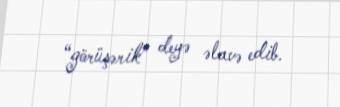
“görüşərik” deyə əlavə edib.